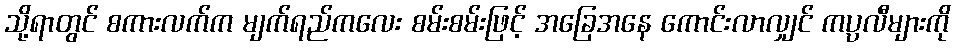
သို့ရာတွင် စကားလက်က မျက်ရည်ကလေး စမ်းစမ်းဖြင့် အခြေအနေ ကောင်းလာလျှင် ကပ္ပလီများကို